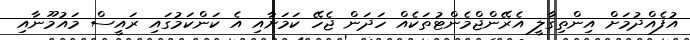
އުފެއްދުމަށް އިންތިގާލީ އެރޭންޖްމެންޓުތަކެއް ހަދަން ޖެހޭ ކަމަށާއި އެ ކަންކަމުގައި ރައީސް މައުމޫނާއި